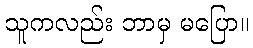
သူကလည်း ဘာမှ မပြော။